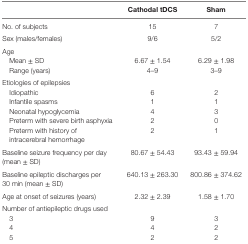
<table><thead><tr><td></td><td><b>Cathodal tDCS</b></td><td><b>Sham</b></td></tr></thead><tbody><tr><td>No. of subjects</td><td>15</td><td>7</td></tr><tr><td>Sex (males/females)</td><td>9/6</td><td>5/2</td></tr><tr><td>Age</td><td></td><td></td></tr><tr><td> Mean ± SD</td><td>6.67 ± 1.54</td><td>6.29 ± 1.98</td></tr><tr><td> Range (years)</td><td>4–9</td><td>3–9</td></tr><tr><td colspan="3">Etiologies of epilepsies</td></tr><tr><td> Idiopathic</td><td>6</td><td>2</td></tr><tr><td> Infantile spasms</td><td>1</td><td>1</td></tr><tr><td> Neonatal hypoglycemia</td><td>4</td><td>3</td></tr><tr><td> Preterm with severe birth asphyxia</td><td>2</td><td>0</td></tr><tr><td> Preterm with history of intracerebral hemorrhage</td><td>2</td><td>1</td></tr><tr><td>Baseline seizure frequency per day (mean ± SD)</td><td>80.67 ± 54.43</td><td>93.43 ± 59.94</td></tr><tr><td>Baseline epileptic discharges per 30 min (mean ± SD)</td><td>640.13 ± 263.30</td><td>800.86 ± 374.62</td></tr><tr><td>Age at onset of seizures (years)</td><td>2.32 ± 2.39</td><td>1.58 ± 1.70</td></tr><tr><td colspan="3">Number of antiepileptic drugs used</td></tr><tr><td> 3</td><td>9</td><td>3</td></tr><tr><td> 4</td><td>4</td><td>2</td></tr><tr><td> 5</td><td>2</td><td>2</td></tr></tbody></table>